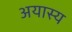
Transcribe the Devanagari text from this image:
अयास्य